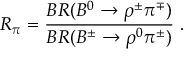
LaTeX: R _ { \pi } = \frac { B R ( B ^ { 0 } \rightarrow \rho ^ { \pm } \pi ^ { \mp } ) } { B R ( B ^ { \pm } \rightarrow \rho ^ { 0 } \pi ^ { \pm } ) } \ .